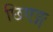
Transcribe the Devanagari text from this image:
छिएङ्ग